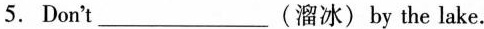
5.Don't___(溜冰) by the lake.